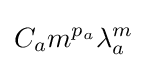
C_{a}m^{p_{a}}\lambda _{a}^{m}